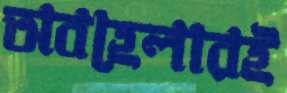
অবহেলারই